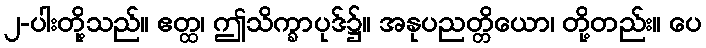
၂-ပါးတို့သည်။ ဧတ္ထ၊ ဤသိက္ခာပုဒ်၌။ အနုပညတ္တိယော၊ တို့တည်း။ ပေ